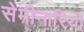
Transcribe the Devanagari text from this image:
सेमीनारियों